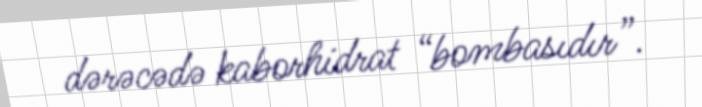
dərəcədə kaborhidrat “bombasıdır”.